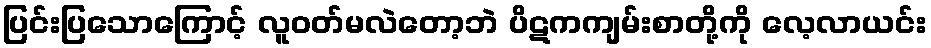
ပြင်းပြသောကြောင့် လူဝတ်မလဲတော့ဘဲ ပိဋကကျမ်းစာတို့ကို လေ့လာယင်း